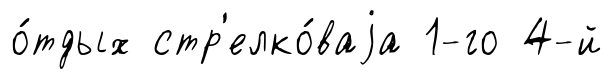
о́тдых стр'елко́ваjа 1-го 4-й